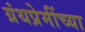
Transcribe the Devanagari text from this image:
ग्रंथप्रेमींच्या